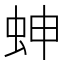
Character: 𧊋